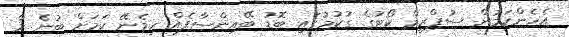
އެހެންކަމުން ސުޕްރީމް ކޯޓުގެ ގުކުމުގައި ބޮޑު ބޭއިންސާފެއް ހިމެނޭ ކަމަށް ބުނެ މާ